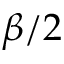
\beta / 2